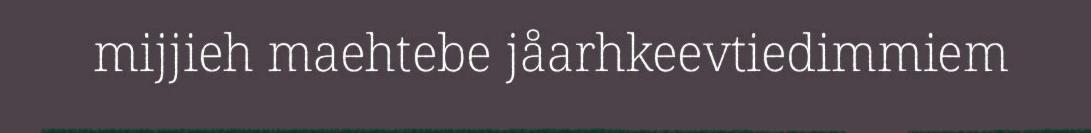
mijjieh maehtebe jåarhkeevtiedimmiem